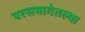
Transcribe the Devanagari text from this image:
परसबागेतल्या